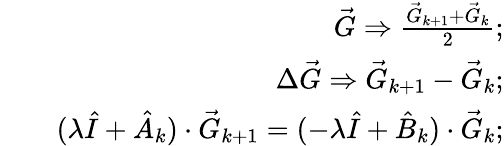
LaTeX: \begin{array}{rlr}&{}&{\vec{G}\Rightarrow\frac{\vec{G}_{k+1}+\vec{G}_{k}}{2};}\\ &{}&{\Delta\vec{G}\Rightarrow\vec{G}_{k+1}-\vec{G}_{k};}\\ &{}&{(\lambda\hat{I}+\hat{A}_{k})\cdot\vec{G}_{k+1}=(-\lambda\hat{I}+\hat{B}_{k})\cdot\vec{G}_{k};}\end{array}